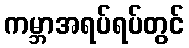
ကမ္ဘာအရပ်ရပ်တွင်